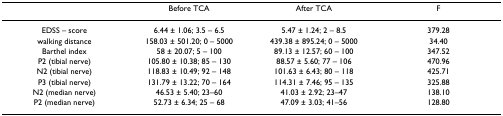
<table><thead><tr><td>[EMPTY_CELL]</td><td><b>Before TCA</b></td><td><b>After TCA</b></td><td><b>F</b></td></tr></thead><tbody><tr><td>EDSS – score</td><td>6.44 ± 1.06; 3.5 – 6.5</td><td>5.47 ± 1.24; 2 – 8.5</td><td>379.28</td></tr><tr><td>walking distance</td><td>158.03 ± 501.20; 0 – 5000</td><td>439.38 ± 895.24; 0 – 5000</td><td>34.40</td></tr><tr><td>Barthel index</td><td>58 ± 20.07; 5 – 100</td><td>89.13 ± 12.57; 60 – 100</td><td>347.52</td></tr><tr><td>P2 (tibial nerve)</td><td>105.80 ± 10.38; 85 – 130</td><td>88.57 ± 5.60; 77 – 106</td><td>470.96</td></tr><tr><td>N2 (tibial nerve)</td><td>118.83 ± 10.49; 92 – 148</td><td>101.63 ± 6.43; 80 – 118</td><td>425.71</td></tr><tr><td>P3 (tibial nerve)</td><td>131.79 ± 13.22; 70 – 164</td><td>114.31 ± 7.46; 95 – 135</td><td>325.88</td></tr><tr><td>N2 (median nerve)</td><td>46.53 ± 5.40; 23–60</td><td>41.03 ± 2.92; 23–47</td><td>138.10</td></tr><tr><td>P2 (median nerve)</td><td>52.73 ± 6.34; 25 – 68</td><td>47.09 ± 3.03; 41–56</td><td>128.80</td></tr></tbody></table>